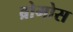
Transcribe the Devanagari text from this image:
ब्रोमोस